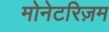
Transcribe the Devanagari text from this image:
मोनेटरिज़म